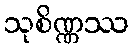
သုစိဏ္ဏဿ